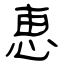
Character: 恵